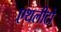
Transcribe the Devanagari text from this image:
एथलीटो